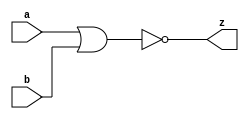
module MyNor(a,b,z);

input a,b;
output z;

assign z= ~(a | b);

endmodule